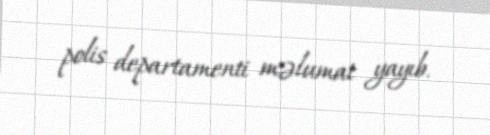
polis departamenti məlumat yayıb.